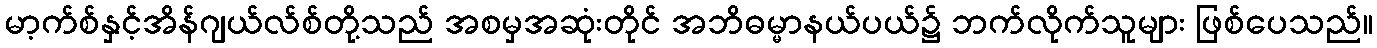
မာ့က်စ်နှင့်အိန်ဂျယ်လ်စ်တို့သည် အစမှအဆုံးတိုင် အဘိဓမ္မာနယ်ပယ်၌ ဘက်လိုက်သူများ ဖြစ်ပေသည်။